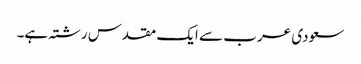
سعودی عرب سے ایک مقدس رشتہ ہے۔